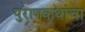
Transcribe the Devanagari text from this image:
पुराणकथांचा